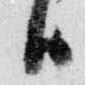
日